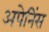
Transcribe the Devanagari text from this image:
अपेनिंस